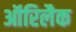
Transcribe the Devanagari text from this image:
ऑरिलैक